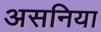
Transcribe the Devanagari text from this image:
असनिया